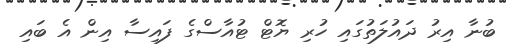
ބުނާ އިރު ދައުލަތުގައި ހުރި ޔޮޓް ޓުއާސްގެ ފައިސާ އިން އެ ބައި